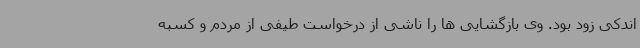
اندکی زود بود. وی بازگشایی ها را ناشی از درخواست طیفی از مردم و کسبه